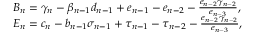
\begin{array} { r l } & { B _ { n } = \gamma _ { n } - \beta _ { n - 1 } d _ { n - 1 } + e _ { n - 1 } - e _ { n - 2 } - \frac { e _ { n - 2 } \gamma _ { n - 2 } } { e _ { n - 3 } } , } \\ & { E _ { n } = c _ { n } - b _ { n - 1 } \sigma _ { n - 1 } + \tau _ { n - 1 } - \tau _ { n - 2 } - \frac { e _ { n - 2 } \gamma _ { n - 2 } } { e _ { n - 3 } } , } \end{array}